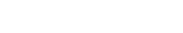
٦٢